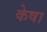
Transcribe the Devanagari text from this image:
केषा